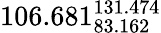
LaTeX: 106.681_{83.162}^{131.474}